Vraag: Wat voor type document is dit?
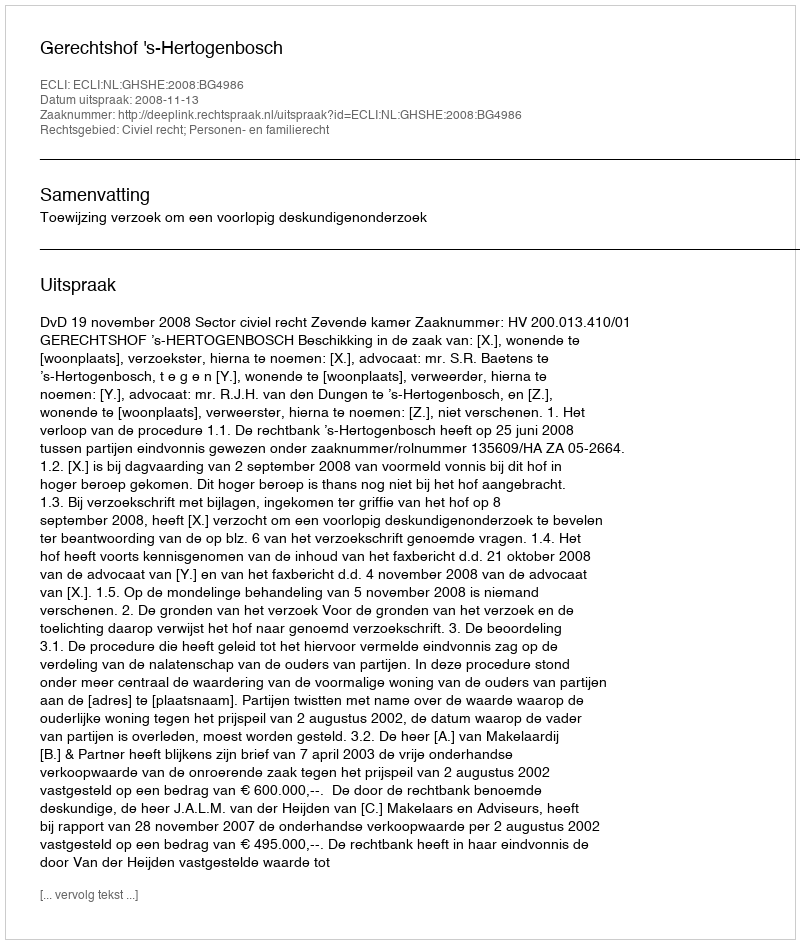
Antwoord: Uitspraak